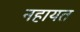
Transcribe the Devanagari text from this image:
नहायत